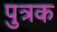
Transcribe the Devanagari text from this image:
पुत्रक